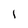
Character: 1